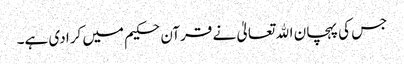
جس کی پہچان اﷲ تعالیٰ نے قرآن حکیم میں کرا دی ہے۔